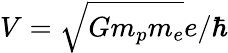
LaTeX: V=\sqrt{Gm_{p}m_{e}}e/\hbar